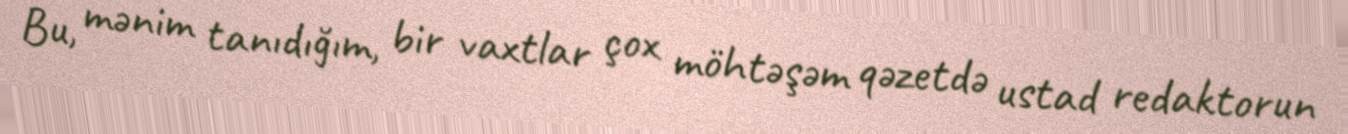
Bu, mənim tanıdığım, bir vaxtlar çox möhtəşəm qəzetdə ustad redaktorun